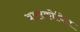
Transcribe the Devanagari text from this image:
बालकोचित